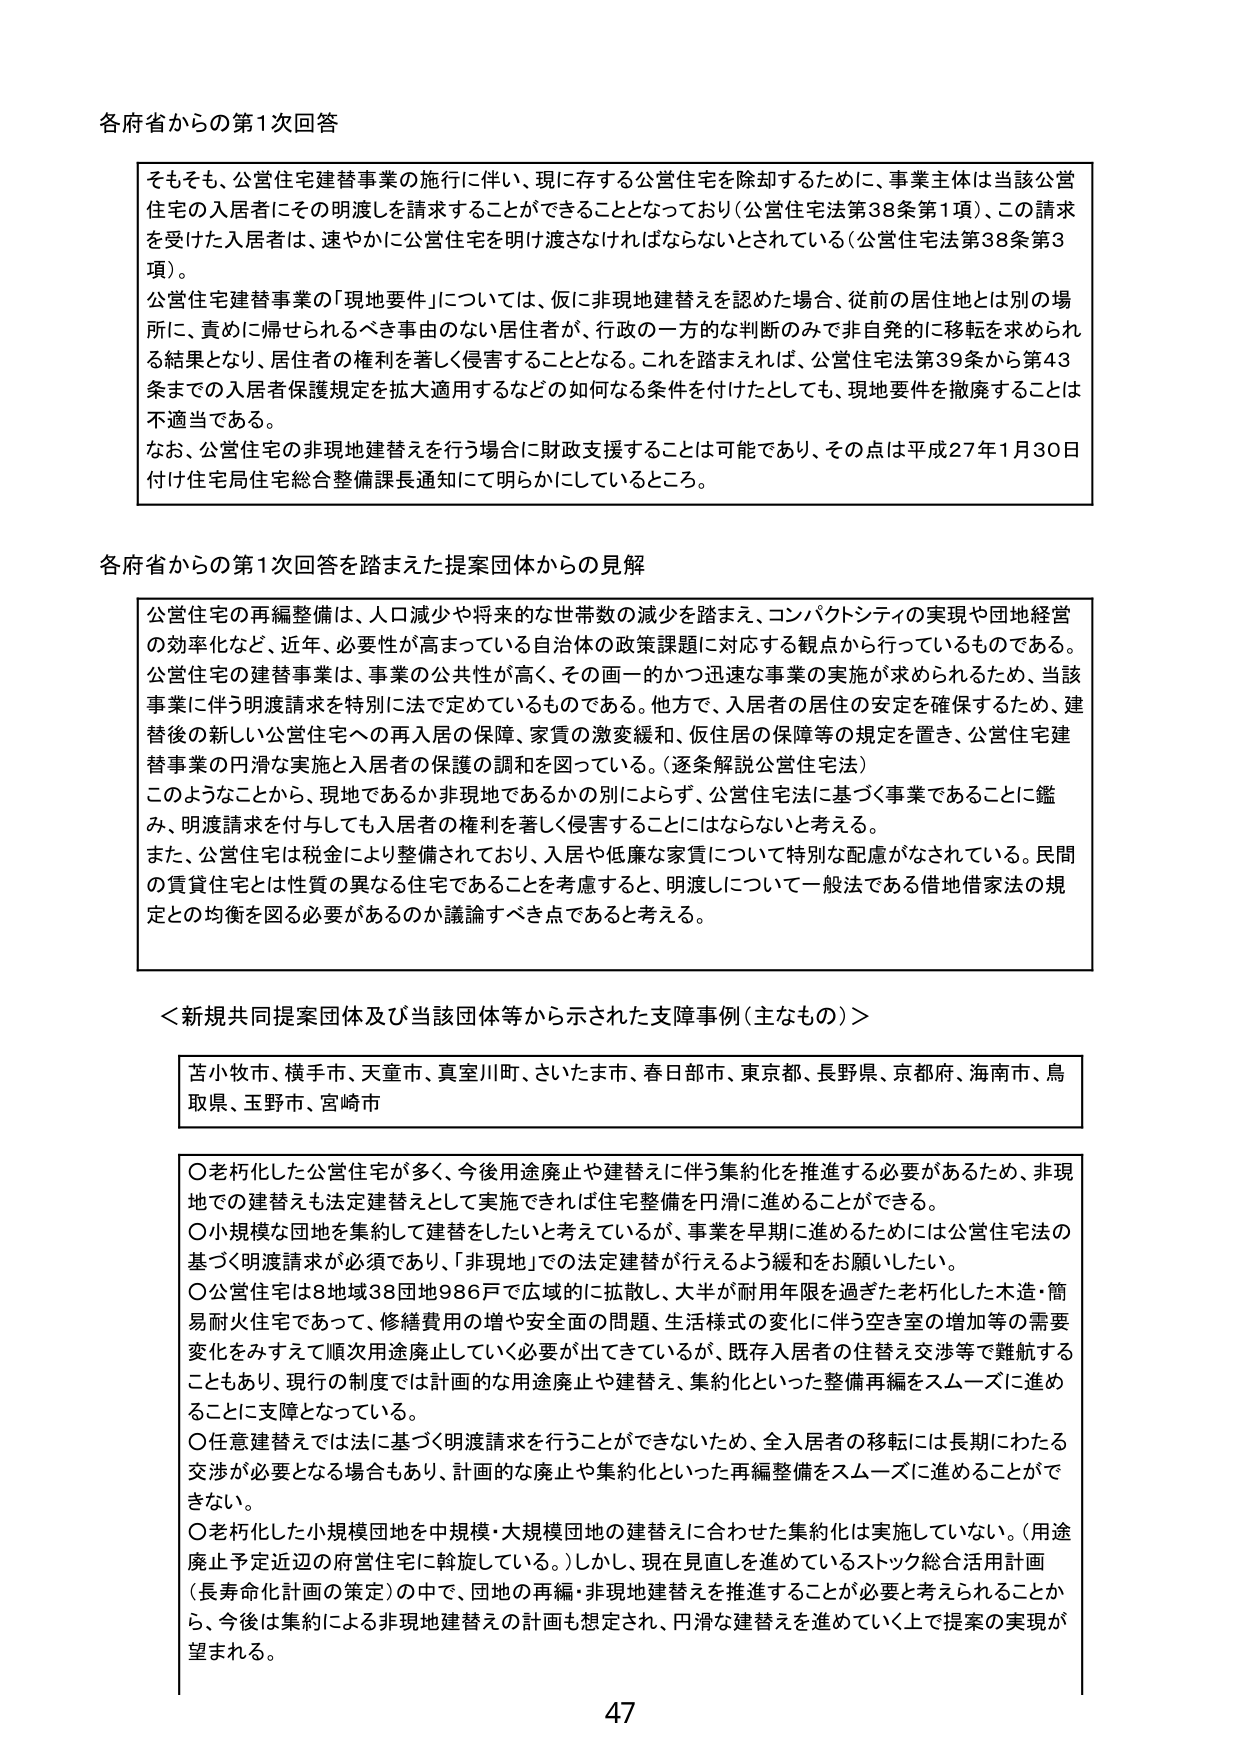
各府省からの第1次回答

そもそも、公営住宅建替事業の施行に伴い、現に存する公営住宅を除却するために、事業主体は当該公営住宅の入居者にその明渡しを請求することができるとなっており（公営住宅法第38条第1項）、この請求を受けた入居者は、速やかに公営住宅を明け渡さなければならないとされている（公営住宅法第38条第3項）。
公営住宅建替事業の「現地要件」については、仮に非現地建替えを認めた場合、従前の居住地とは別の場所に、責めに帰せられるべき事由のない居住者が、行政の一方的な判断のみで非自発的に移転を求められる結果となり、居住者の権利を著しく侵害することとなる。これを踏まえれば、公営住宅法第39条から第43条までの入居者保護規定を拡大適用するなどの如何なる条件を付けたとしても、現地要件を撤廃することは不適当である。
なお、公営住宅の非現地建替えを行う場合に財政支援することは可能であり、その点は平成27年1月30日付け住宅局住宅総合整備課長通知にて明らかにしているところ。

各府省からの第1次回答を踏まえた提案団体からの見解

公営住宅の再編整備は、人口減少や将来的な世帯数の減少を踏まえ、コンパクトシティの実現や団地経営の効率化など、近年、必要性が高まっている自治体の政策課題に対応する観点から行っているものである。公営住宅の建替事業は、事業の公共性が高く、その画一的かつ迅速な事業の実施が求められるため、当該事業に伴う明渡請求を特別に法で定めているものである。他方で、入居者の居住の安定を確保するため、建替後の新しい公営住宅への再入居の保障、家賃の激変緩和、仮住居の保障等の規定を置き、公営住宅建替事業の円滑な実施と入居者の保護の調和を図っている。（逐条解説公営住宅法）
このようなことから、現地であるか非現地であるかの別によらず、公営住宅法に基づく事業であることに鑑み、明渡請求を付与しても入居者の権利を著しく侵害することにはならないと考える。
また、公営住宅は税金により整備されており、入居や低廉な家賃について特別な配慮がなされている。民間の賃貸住宅とは性質の異なる住宅であることを考慮すると、明渡しについて一般法である借地借家法の規定との均衡を図る必要があるのか議論すべき点であると考える。

＜新規共同提案団体及び当該団体等から示された支障事例（主なもの）＞

苫小牧市、横手市、天童市、真室川町、さいたま市、春日部市、東京都、長野県、京都府、海南市、鳥取県、玉野市、宮崎市

○老朽化した公営住宅が多く、今後用途廃止や建替えに伴う集約化を推進する必要があるため、非現地での建替えも法定建替えとして実施できれば住宅整備を円滑に進めることができる。
○小規模な団地を集約して建替えしたいと考えているが、事業を早期に進めるためには公営住宅法の基づく明渡請求が必須であり、「非現地」での法定建替えが行えるよう緩和をお願いしたい。
○公営住宅は8地域38団地986戸で広域的に拡散し、大半が耐用年限を過ぎた老朽化した木造・簡易耐火住宅であって、修繕費用の増や安全面の問題、生活様式の変化に伴う空き室の増加等の需要変化をみすえて順次用途廃止していく必要が出てきているが、既存入居者の代替え交渉等で難航することもあり、現行の制度では計画的な用途廃止や建替え、集約化といった整備再編をスムーズに進めることに支障となっている。
○任意建替えでは法に基づく明渡請求を行うことができないため、全入居者の移転には長期にわたる交渉が必要となる場合もあり、計画的な廃止や集約化といった再編整備をスムーズに進めることができない。
○老朽化した小規模団地を中規模・大規模団地の建替えに合わせた集約化は実施していない。（用途廃止予定近辺の府営住宅に斡旋している。）しかし、現在見直しを進めているストック総合活用計画（長寿命化計画の策定）の中で、団地の再編・非現地建替えを推進することが必要と考えられることから、今後は集約による非現地建替えの計画も想定され、円滑な建替えを進めていく上で提案の実現が望まれる。

47